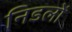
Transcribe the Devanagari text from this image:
निडलों